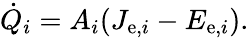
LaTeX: {\dot{Q}}_{i}=A_{i}(J_{\mathrm{e},i}-E_{\mathrm{e},i}).